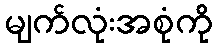
မျက်လုံးအစုံကို